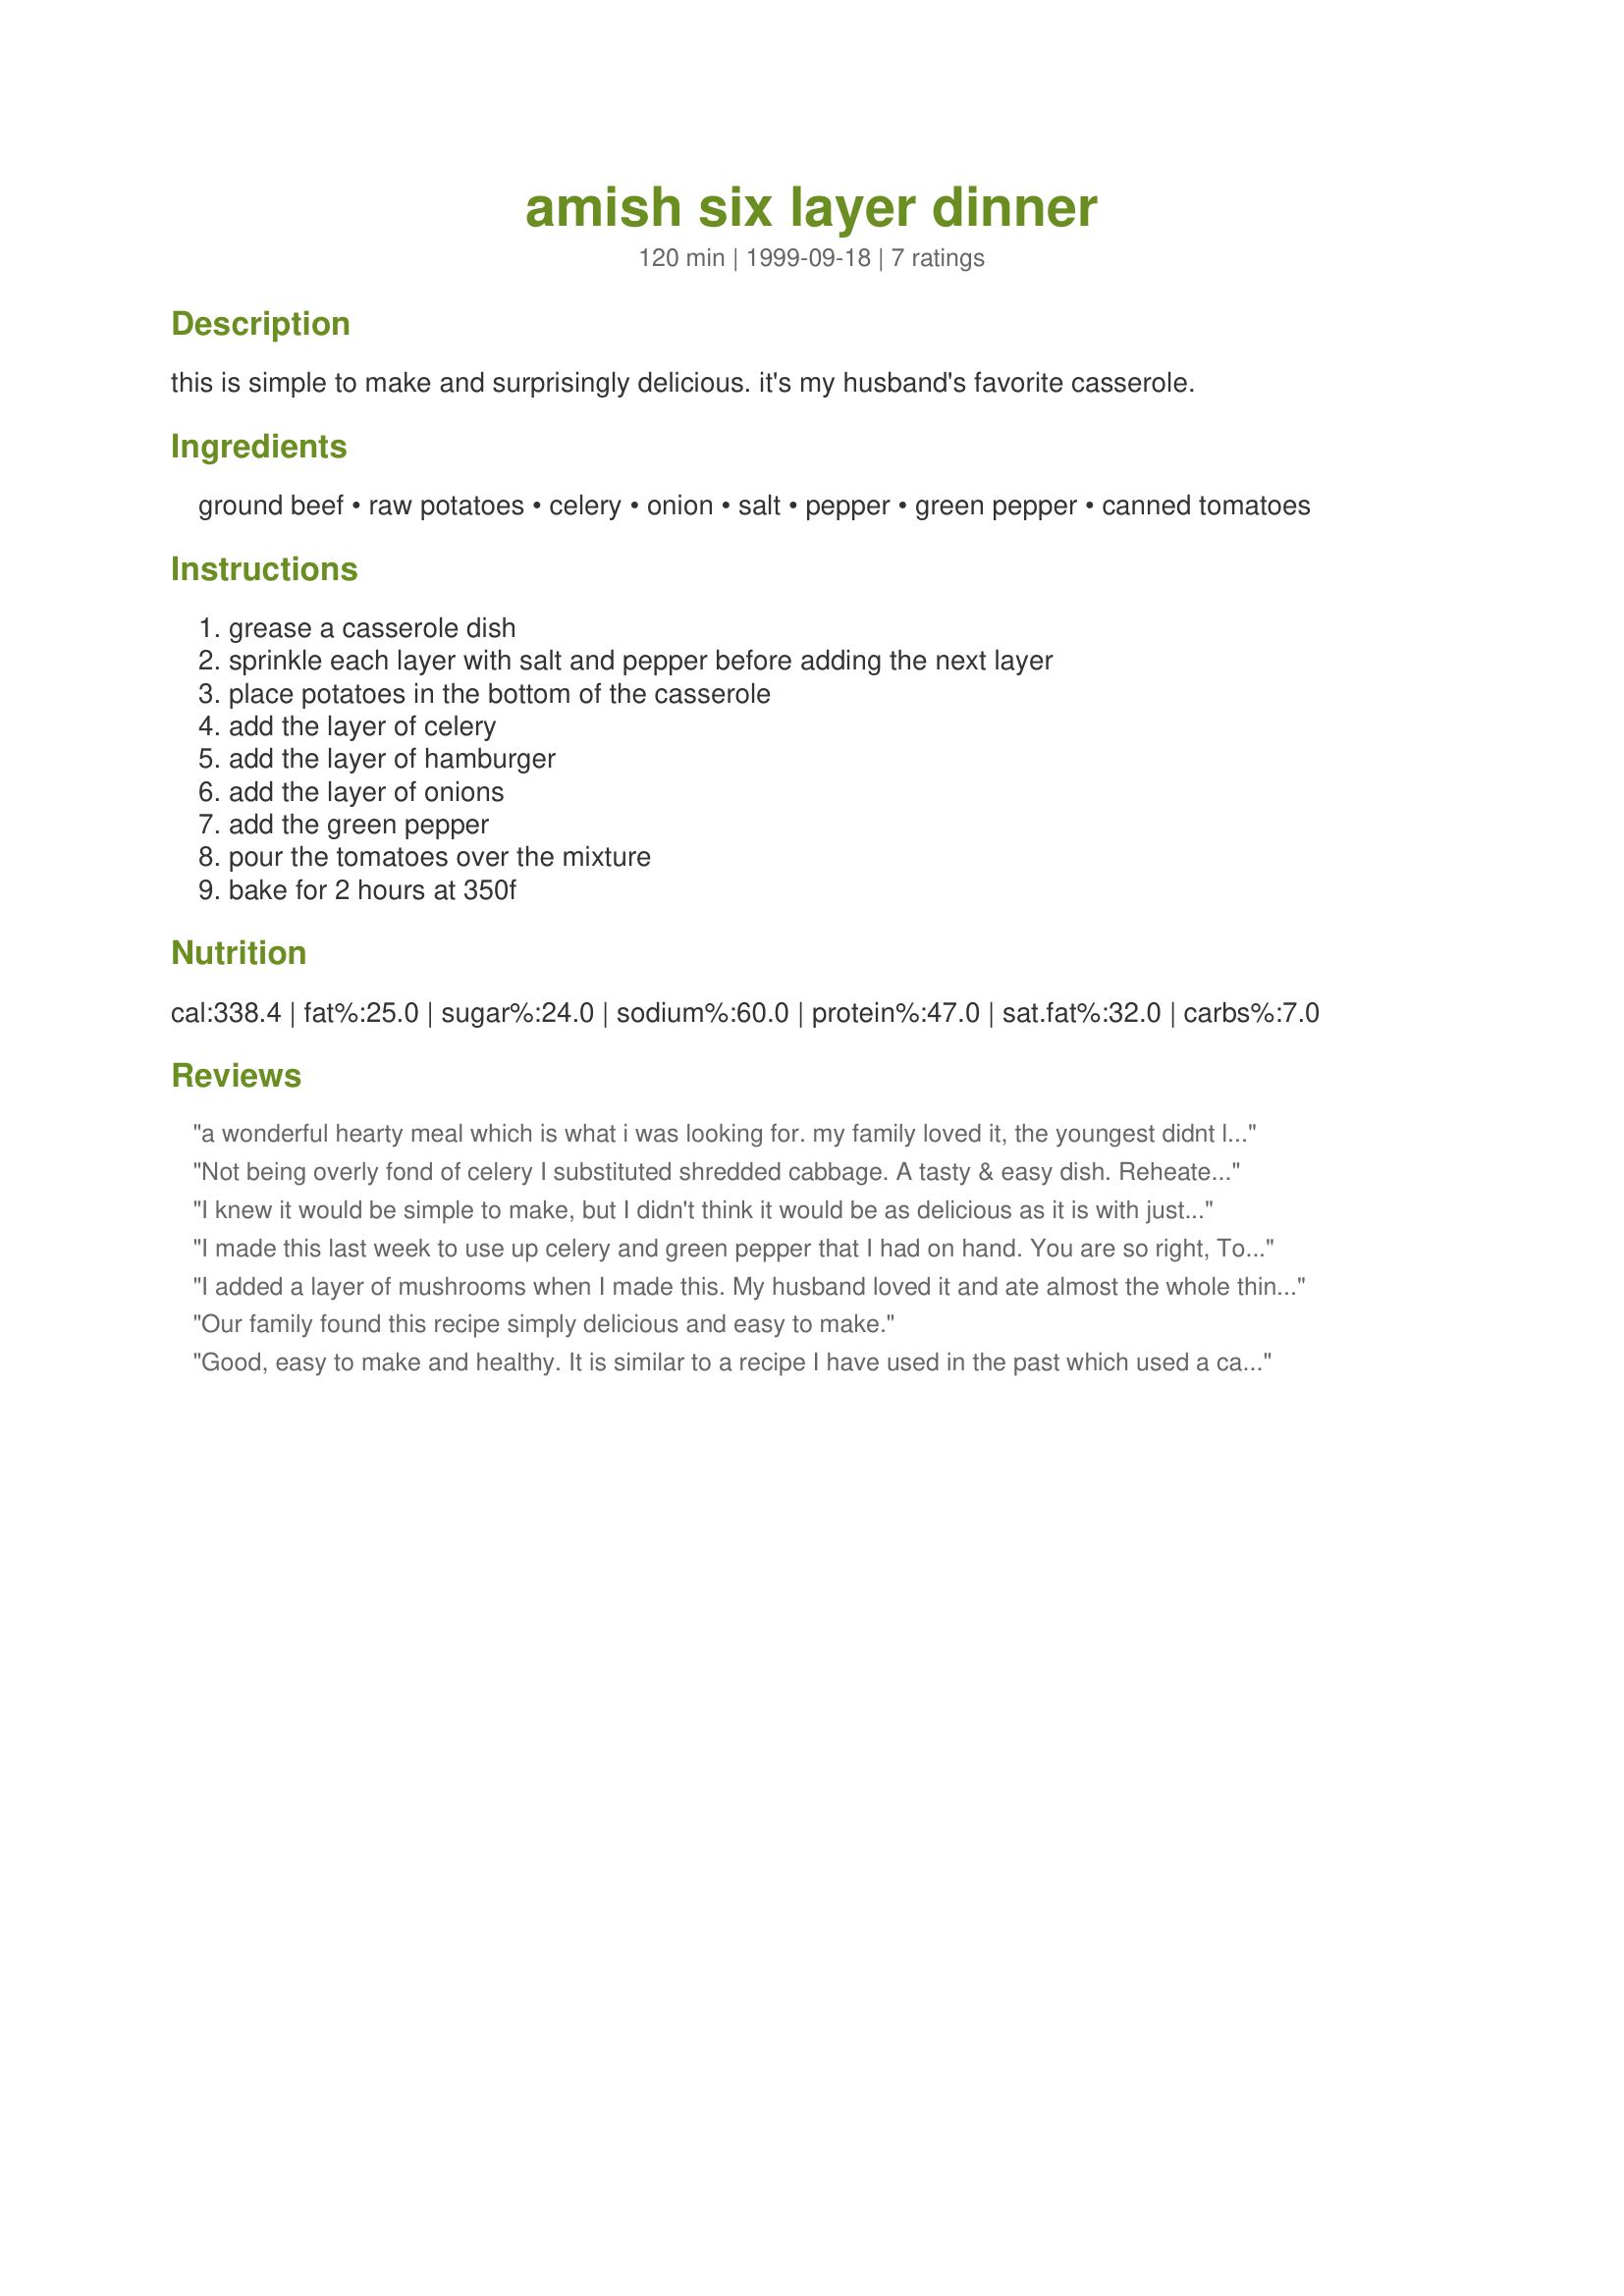
amish six layer dinner
Preparation time: 120 minutes

this is simple to make and surprisingly delicious. it's my husband's favorite casserole.

Ingredients:
ground beef, raw potatoes, celery, onion, salt, pepper, green pepper, canned tomatoes

Steps:
grease a casserole dish, sprinkle each layer with salt and pepper before adding the next layer, place potatoes in the bottom of the casserole, add the layer of celery, add the layer of hamburger, add the layer of onions, add the green pepper, pour the tomatoes over the mixture, bake for 2 hours at 350f

Reviews:
a wonderful hearty meal which is what i was looking for. my family loved it, the youngest didnt like the onion but the rest of the family loved this dish thank you
Not being overly fond of celery I substituted shredded cabbage. A tasty & easy dish. Reheated leftovers were great on toast for another quick meal :-)
I knew it would be simple to make, but I didn't think it would be as delicious as it is with just salt and pepper (but of course, the flavours of the ingredients shine this way).<br/><br/>I made a couple of modifications. I used ground pork instead of ground beef, since I'm trying to reduce the amount of beef we eat. I added green beans, carrots and mushrooms, as an extra layer between the meat which I split into two layers.<br/><br/>I thought it was a bit strange to just put the canned tomatoes on top, but it totally worked. They and the peppers in the second last layer baked into a delicious sort of crust.
I made this last week to use up celery and green pepper that I had on hand. You are so right, Tonkcat, this really suprisingly delicious. I can see why this is your husband's favorite casserole. The leftovers were very good also. Thank you for posting - this is a keeper!
I added a layer of mushrooms when I made this. My husband loved it and ate almost the whole thing by himself.
Our family found this recipe simply delicious and easy to make.
Good, easy to make and healthy. It is similar to a recipe I have used in the past which used a can of cream of chicken soup and 1/2 can of milk instead of the tomatoes. Any vegetable could be used instead of the squash.
